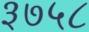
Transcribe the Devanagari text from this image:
३७५८